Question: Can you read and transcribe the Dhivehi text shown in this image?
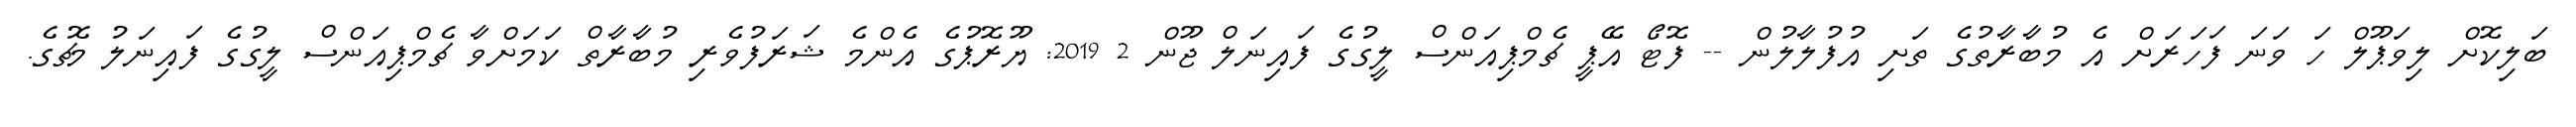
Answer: ބަލިކޮށް ލިވަޕޫލް ހަ ވަނަ ފަހަރަށް އެ މުބާރާތުގެ ތަށި އުފުލާލުން -- ފޮޓޯ އޭޕީ ޗެމްޕިއަންސް ލީގުގެ ފައިނަލް ޖޫން 2 2019: ޔޫރޮޕުގެ އެންމެ ޝަރަފުވެރި މުބާރާތް ކަމަށްވާ ޗެމްޕިއަންސް ލީގުގެ ފައިނަލު މެޗުގެ.